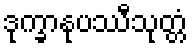
ဒုက္ခာနုပဿီသုတ္တံ